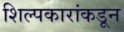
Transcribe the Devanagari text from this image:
शिल्पकारांकडून